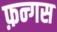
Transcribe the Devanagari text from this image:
फ़न्गस